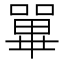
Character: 𡁘